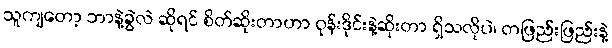
သူကျတော့ ဘာနဲ့ခွဲလဲ ဆိုရင် စိတ်ဆိုးတာဟာ ဝုန်းဒိုင်းနဲ့ဆိုးတာ ရှိသလိုပဲ၊ တဖြည်းဖြည်းနဲ့